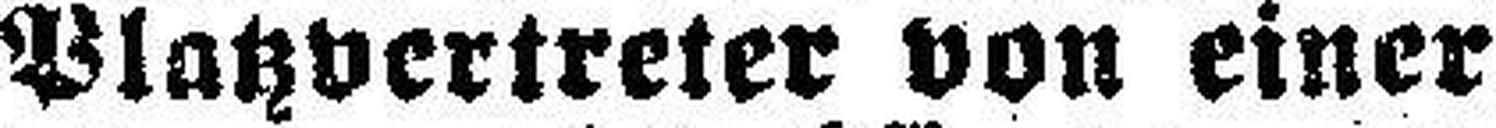
Platzvertreter von einer